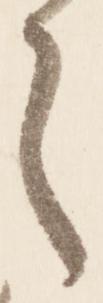
々